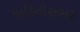
માહિતીસભર